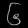
Digit: ၆